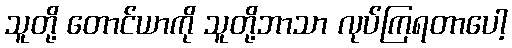
သူတို့ တောင်ယာကို သူတို့ဘာသာ လုပ်ကြရတာပေါ့